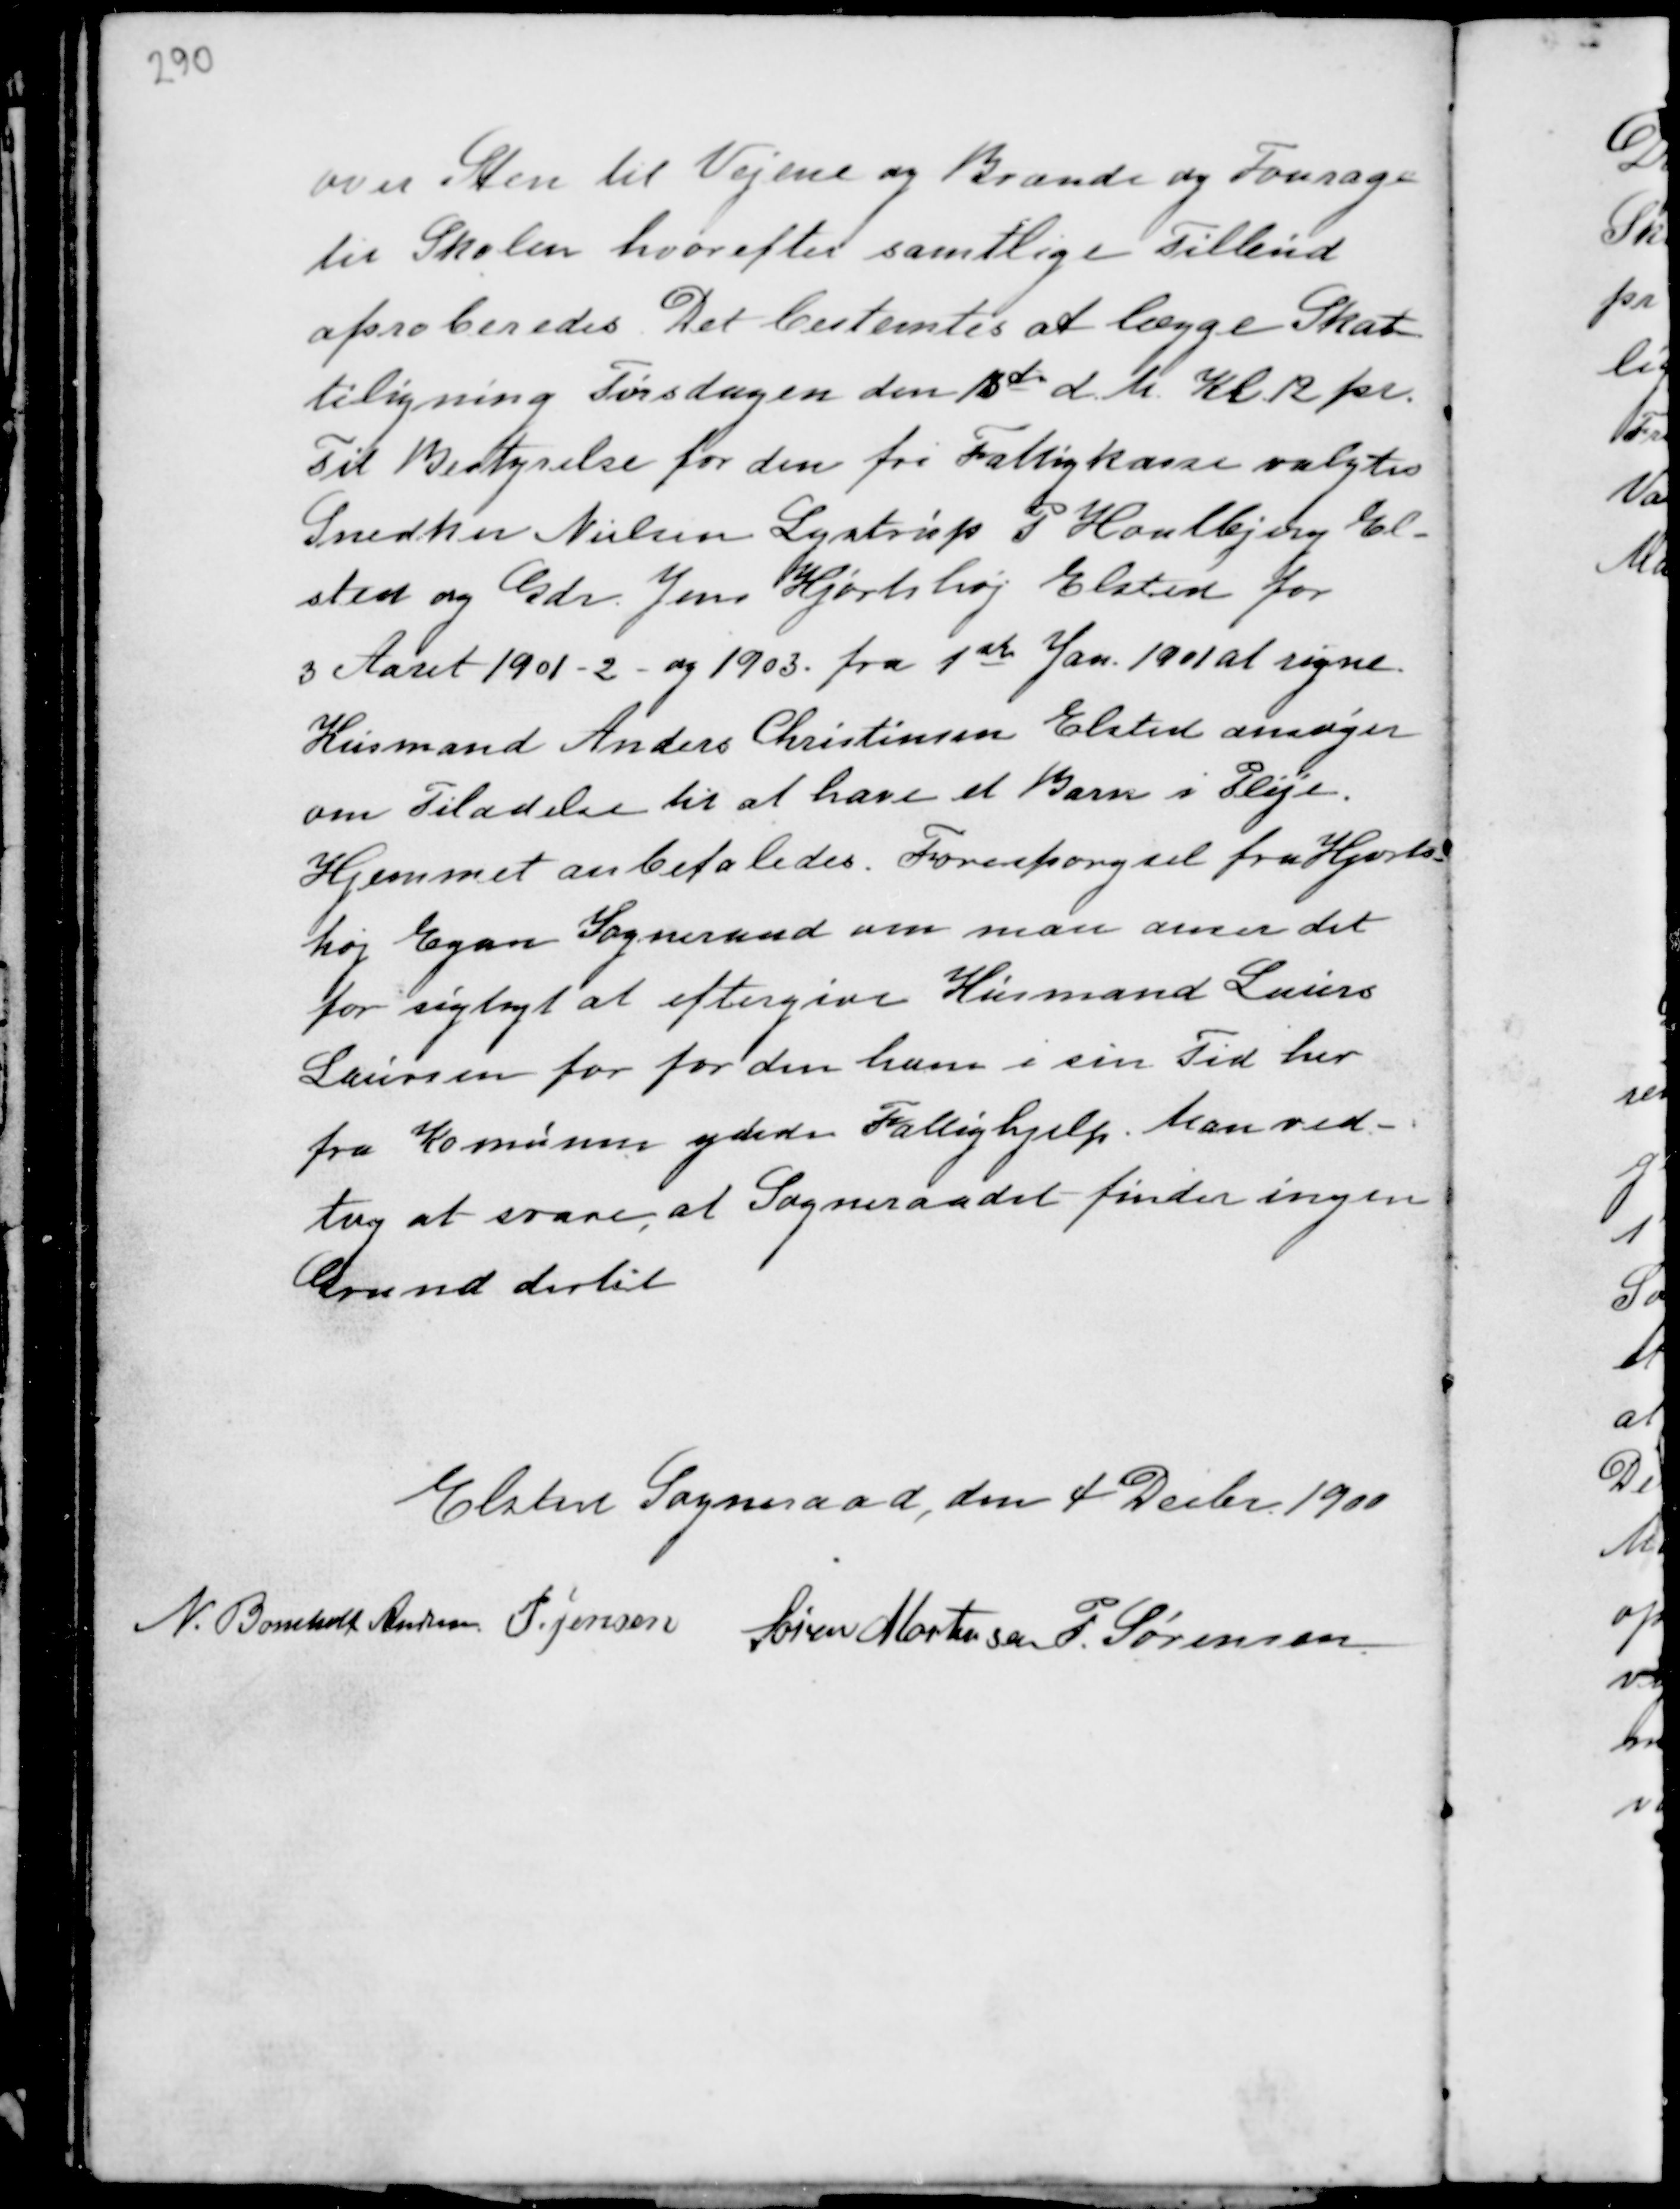
Transskription:
over Sten til Vejene og Brænde og Fourage
til Skolen hvorefter samtlige Tilbud
aproberedes. Det bestemtes at lægge Skat-
teligning Tirsdagen den 13de d.M. Kl 12 for.
Til Bestyrelse for den fri Fattigkasse valgtes
Snedker Nielsen Lystrup P Houlbjerg El-
sted og Gdr. Jens Hjortshøj Elsted for
3 Aaret 1901 - 2 og 1903. fra 1ste Jan. 1901 at regne.
Husmand Anders Christensen Elsted ansøger
om Tiladelse til at have et Barn i Pleje.
Hjemmet anbefaledes. Forespørgsel fra Hjorts-
høj Egaa Sogneraad om man anser det
for rigtigt at eftergive Husmand Laurs
Laursen for for den ham i sin Tid her
fra Komunen ydede Fattighjelp. Man ved-
tog at svare, at Sogneraadet finder ingen
Grund dertil

Elsted Sogneraad, den 4 Decbr. 1900
N. Bomholt Andersen Søren Mortensen P. Sørensen